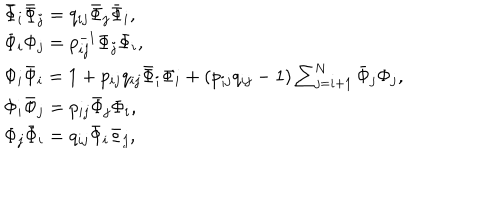
\begin{array} { l } { { \bar { \Phi } _ { i } \bar { \Phi } _ { j } = q _ { i j } \bar { \Phi } _ { j } \bar { \Phi } _ { i } , } } \\ { { \Phi _ { i } \Phi _ { j } = p _ { i j } ^ { - 1 } \Phi _ { j } \Phi _ { i } , } } \\ { { \Phi _ { i } \bar { \Phi } _ { i } = 1 + p _ { i j } q _ { i j } \bar { \Phi } _ { i } \Phi _ { i } + ( p _ { i j } q _ { i j } - 1 ) \sum _ { j = i + 1 } ^ { N } \bar { \Phi } _ { j } \Phi _ { j } , } } \\ { { \Phi _ { i } \bar { \Phi } _ { j } = p _ { i j } \bar { \Phi } _ { j } \Phi _ { i } , } } \\ { { \Phi _ { j } \bar { \Phi } _ { i } = q _ { i j } \bar { \Phi } _ { i } \Phi _ { j } , } } \\ \end{array}